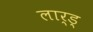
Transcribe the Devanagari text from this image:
लार्ड्‌